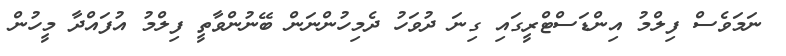
ނަމަވެސް ފިލްމު އިންޑަސްޓްރީގައި ގިނަ ދުވަހު ދެމިހުންނަން ބޭނުންވާތީ ފިލްމު އުފައްދާ މީހުން